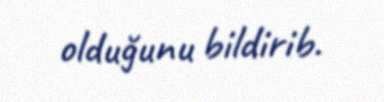
olduğunu bildirib.